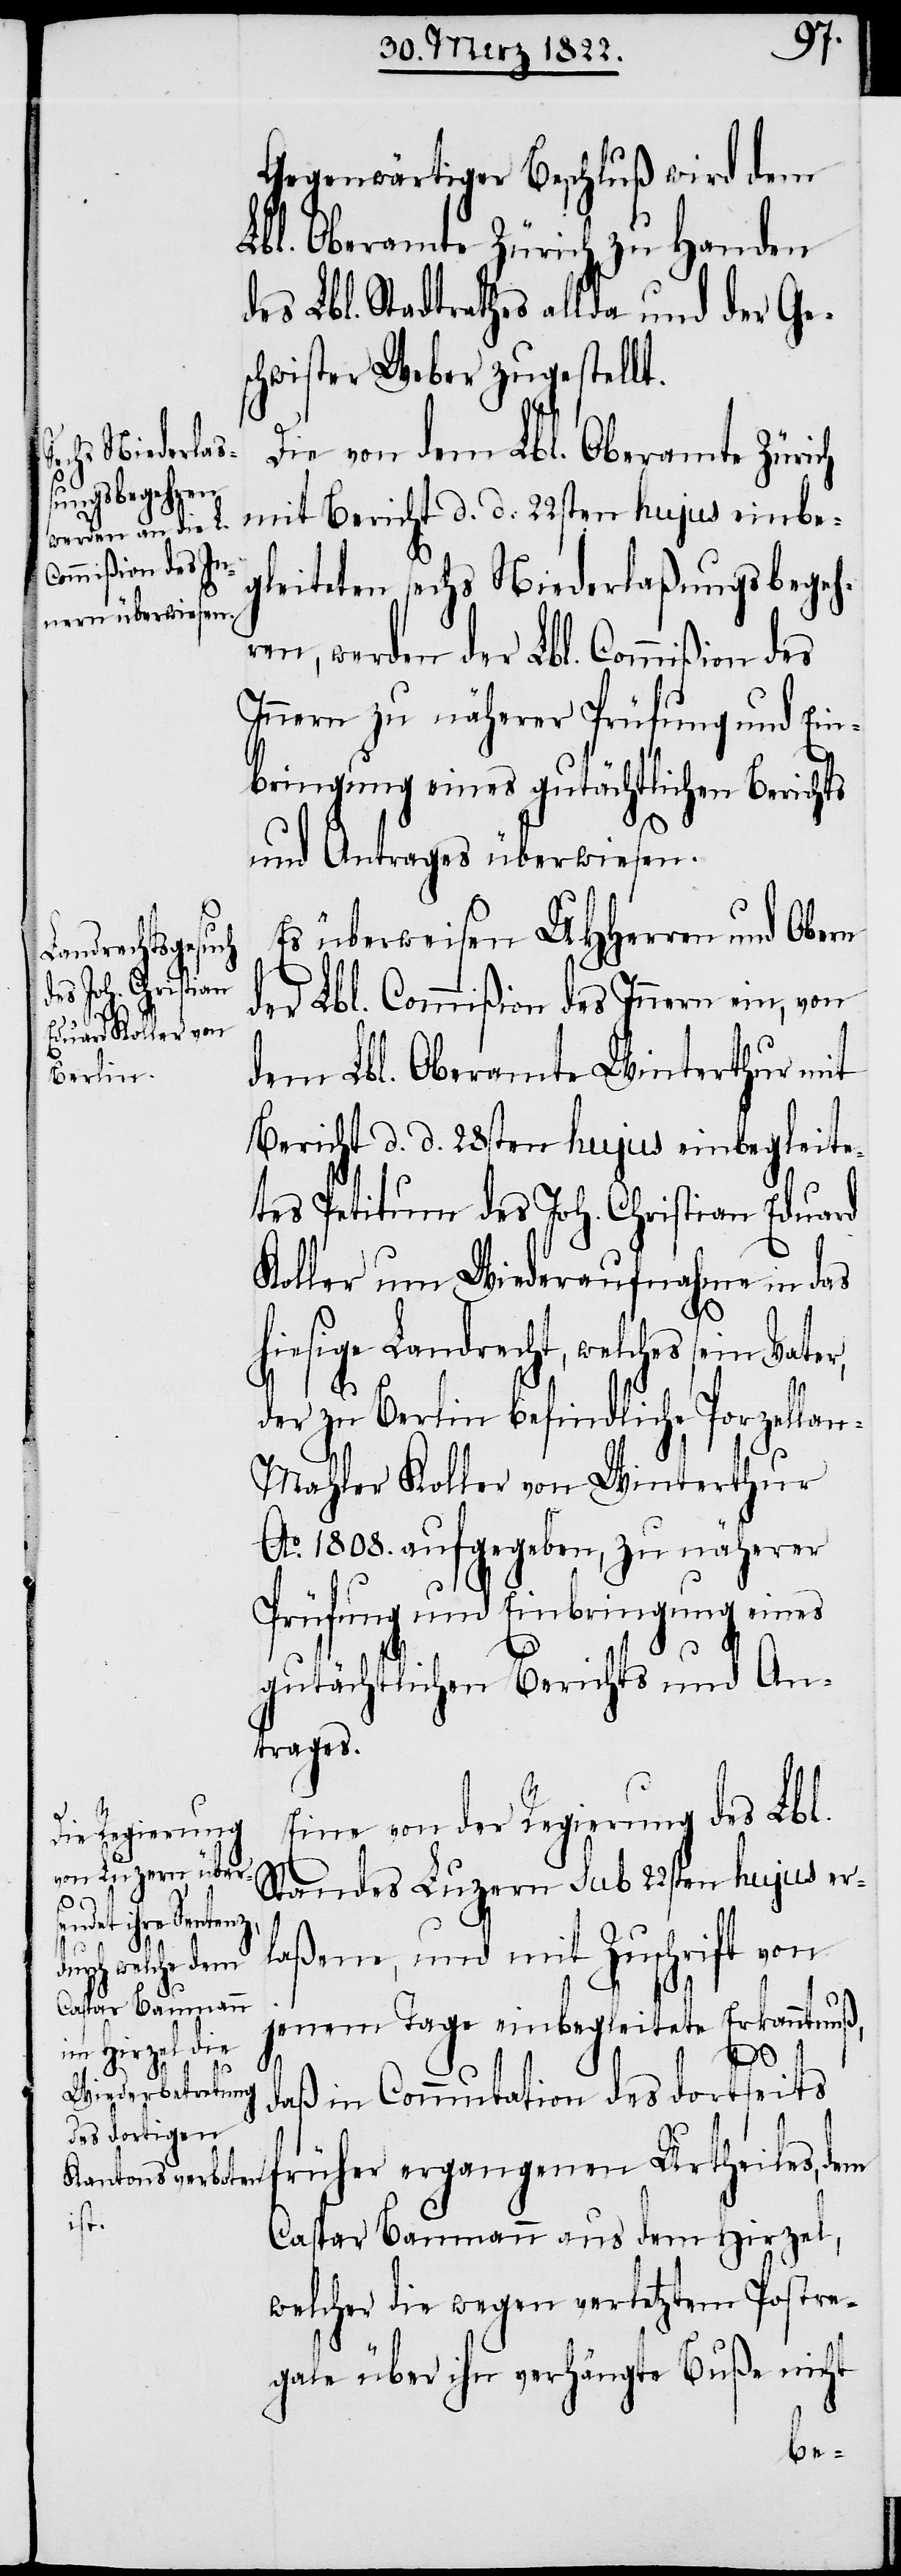
Gegenwärtiger Beschluß wird dem
Lbl. Oberamte Zürich zu Handen
des Lbl. Stadtrathes allda und der Ges¬
chwister Weber zugestell¬
Die von dem Lbl. Oberamte Zürich
mit Bericht d. d. 22sten hujus einbe¬
gleiteten sechs Niederlaßungsbegeh¬
ren, werden der Lbl. Commißion des
Innern zu näherer Prüfung und Ein¬
bringung eines gutächtlichen Berichts
und Antrages überwiesen.
Es überweisen UHHerren und Obern
der Lbl. Commißion des Innern ein, von
dem Lbl. Oberamte Winterthur mit
Bericht d. d. 28sten hujus einbegleite¬
tes Petitum des Joh. Christian Eduard
Koller um Wiederaufnahme in das
hiesige Landrecht, welches sein
der zu Berlin befindliche Porzella¬
n-Mahler Koller von Winterthur
Ao. 1808. aufgegeben, zu näherer
Prüfung und Einbringung eines
gutächtlichen Berichts und An¬
trages.
Eine von der Regierung des Lbl.
Standes Luzern sub 22sten hujus er¬
laßene, und mit Zuschrift von
jenem Tage einbegleitete Erkanntnuß,
t.
daß in Commutation des dortseits
früher ergangenen Urtheiles, dem
Caspar Baumann aus dem Hirzel,
welcher die wegen verletztem Postre¬
gale über ihn verhängte Buße nicht